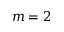
m = 2